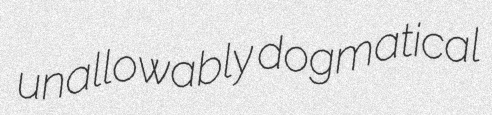
unallowably dogmatical